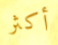
أكثر